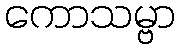
ကောသမ္ဗာ